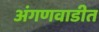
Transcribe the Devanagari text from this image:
अंगणवाडीत